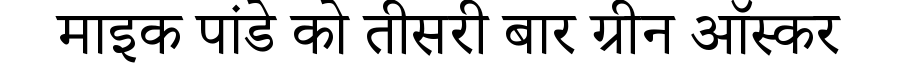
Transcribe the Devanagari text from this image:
माइक पांडे को तीसरी बार ग्रीन ऑस्कर